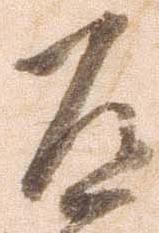
道